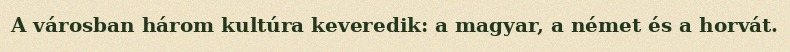
A városban három kultúra keveredik: a magyar, a német és a horvát.